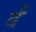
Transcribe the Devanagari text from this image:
र्द